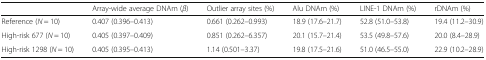
|  | Array-wide average DNAm (β) | Outlier array sites (%) | Alu DNAm (%) | LINE-1 DNAm (%) | rDNAm (%) |
 | --- | --- | --- | --- | --- | --- |
 | Reference (N = 10) | 0.407 (0.396–0.413) | 0.661 (0.262–0.993) | 18.9 (17.6–21.7) | 52.8 (51.0–53.8) | 19.4 (11.2–30.9) |
 | High-risk 677 (N = 10) | 0.405 (0.397–0.409) | 0.851 (0.262–6.357) | 20.1 (15.7–21.4) | 53.5 (49.8–57.6) | 20.0 (8.4–28.9) |
 | High-risk 1298 (N = 10) | 0.405 (0.395–0.413) | 1.14 (0.501–3.37) | 19.8 (17.5–21.6) | 51.0 (46.5–55.0) | 22.9 (10.2–28.9) |